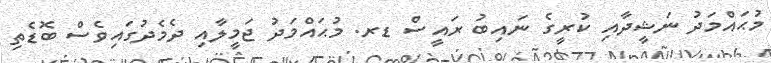
މުޙައްމަދު ނަޝީދާއި ކުރީގެ ނައިބު ރައީސް ޑރ. މުޙައްމަދު ޖަމީލާއި ދެމެދުގައިވެސް ބޮޑެތި